Vaccination in the Punjab 1919-1929 - 1919-1929
Year: 1919
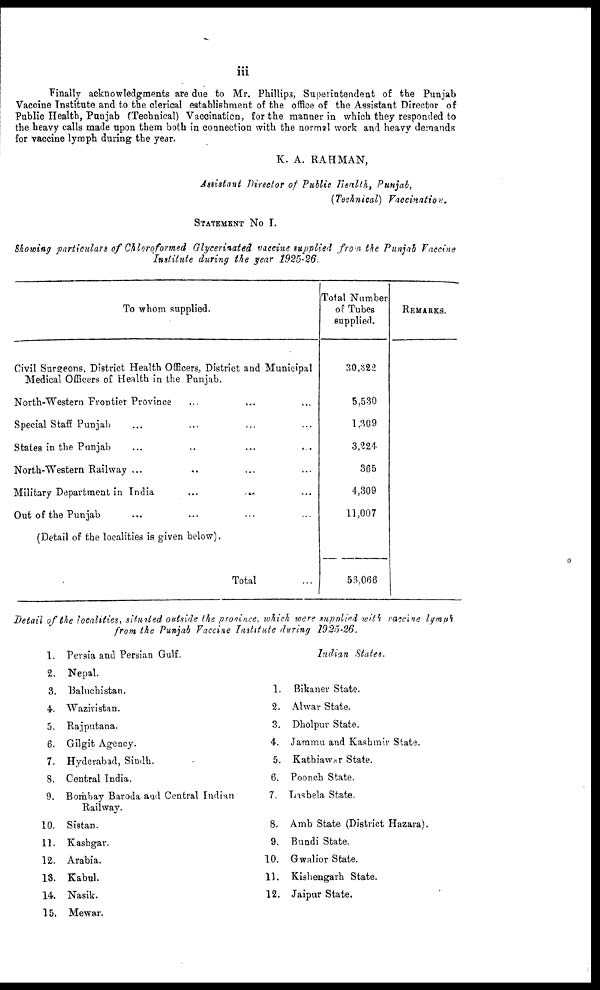
iii
Finally acknowledgments are due to Mr. Phillips, Superintendent of the Punjab
Vaccine Institute and to the clerical establishment of the office of the Assistant Director of
Public Health, Punjab (Technical) Vaccination, for the manner in which they responded to
the heavy calls made upon them both in connection with the normal work and heavy demands
for vaccine lymph during the year.
K. A. RAHMAN,
Assistant Director of Public Health, Punjab,
(Technical) Vaccinatiors.
STATEMENT No I.
Showing particulars of Chloroformed Glycerinated vaccine supplied from the Punjab Vaccine
Institute during the year 1925-26
To whom supplied.
Civil Surgeons, District Health Officers, District and Municipal
Medical Officers of Health in the Punjab.
North-Western Frontier Province ... ... ...
Special Staff Punjab ... ... ... ...
States in the Punjab ... ... ... ...
North-Western Railway ... ... ... ...
Military Department in India ... ... ...
Out of the Punjab ... ... ... ...
(Detail of the localities is given below).
Total ...
Total Number
of Tubes
supplied.
30,322
5,530
1,309
3,224
365
4,309
11,007
56,066
REMARKS.
Detail of the localities, situited outside the province, which were supplied with vaccine lymph
from the Punjab Vaccine Institute during 1925-26.
1.
2.
3.
4.
5.
6.
7.
8.
9.
10.
11.
12.
13.
14.
15.
Persia and Persian Gulf.
Nepal.
Baluchistan.
Waziristan.
Rajputana.
Gilgit Agency.
Hyderabad, Sindh.
Central India.
Bombay Baroda and Central Indian
Railway.
Sistan.
Kashgar.
Arabia.
Kabul.
Nasik.
Mewar.
1.
2.
3.
4.
5.
6.
7.
8.
9.
10.
11.
12.
Indian States.
Bikaner State.
Alwar State.
Dholpur State.
Jammu and Kashmir State.
Kathiawar State.
Poonch State.
Lasbela State.
Amb State (District Hazara).
Bundi State.
Gwalior State.
Kishengarh State.
Jaipur State.